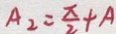
A _ { 2 } = \frac { \pi } { 2 } + A